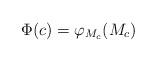
LaTeX: \begin{align*} \Phi(c) = \varphi_{M_c}(M_c) \end{align*}